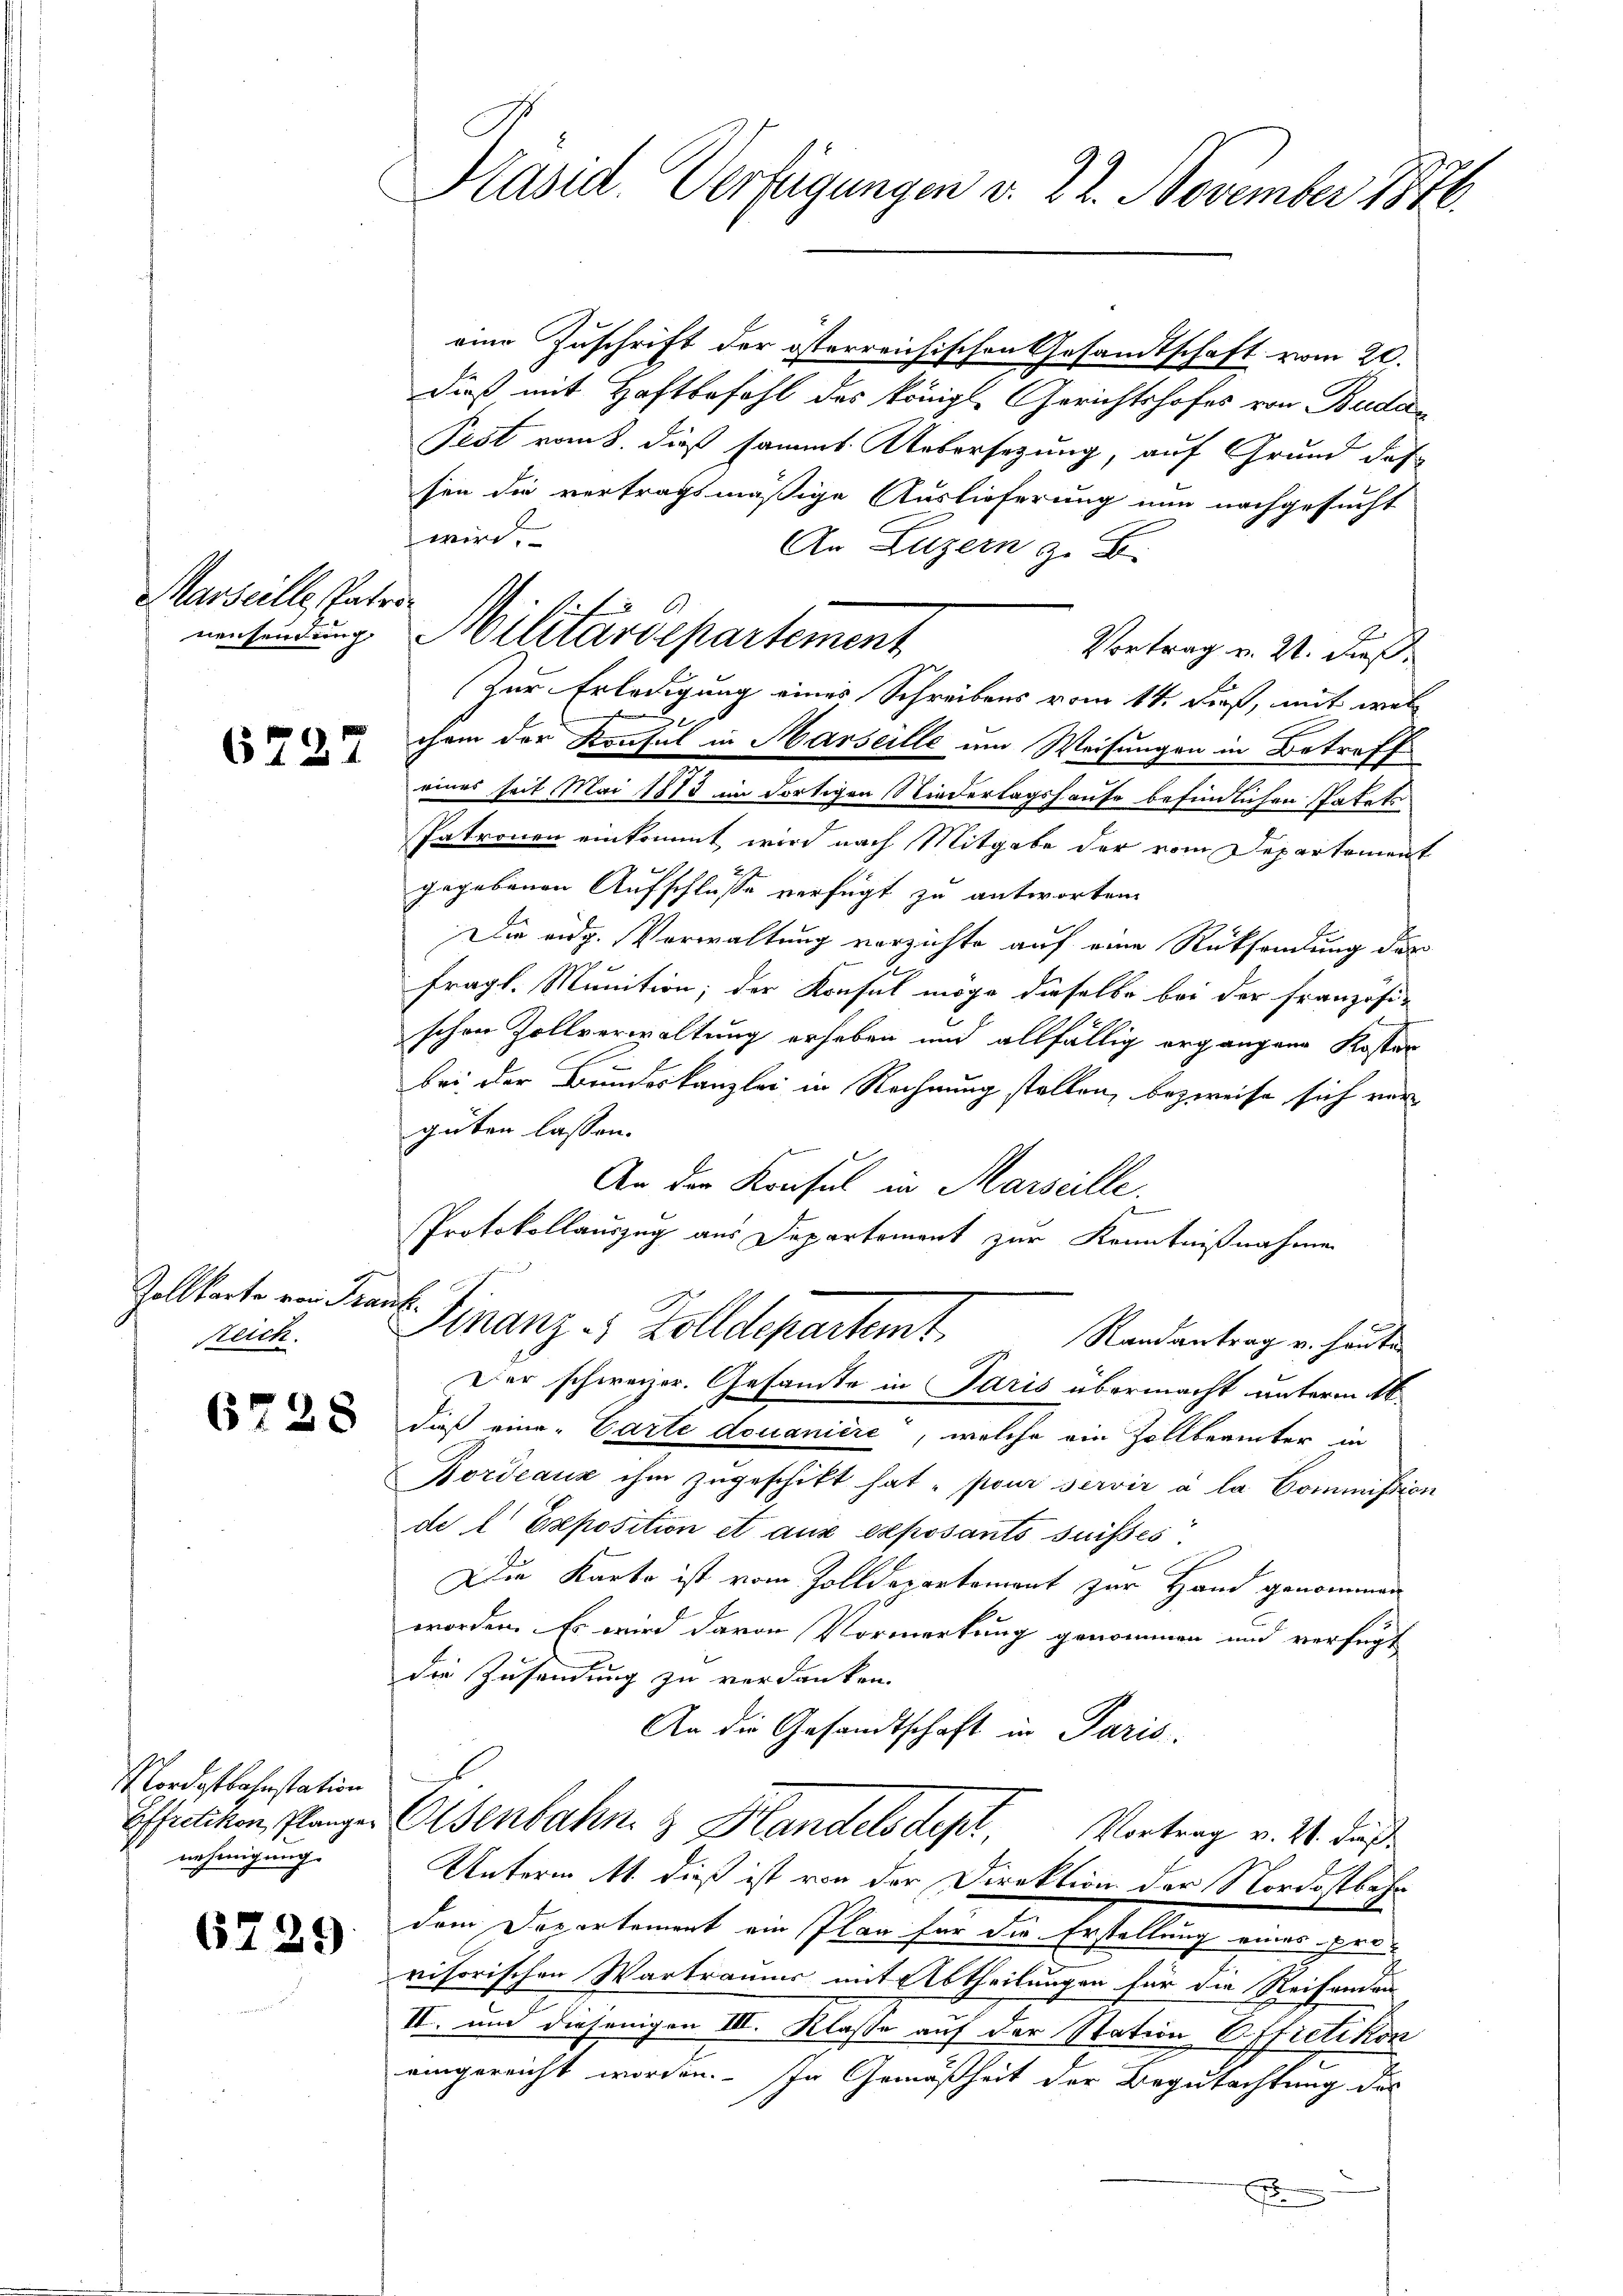
Marseille Patronensendung

6727

Zollkarte von Fran
Reich.

6228

Nordostbahnstation
Effretikon, Plangen
nehmigung

6729.

Präsid. Verfügungen v. 22. November 1876.

eine Zuschrift der österreichischen Gesandtschaft vom 20.
dieß mit Haftbefohl des königl. Gerichtshofes von Buda¬
Pest vom 8. dieß sammt. Uebersezung, auf Grund das
sen die vertragsmäßige Auslieferung nun nachgesucht
wird.
An Luzern z. B.
Militärdepartement
Vortrag v. 21. dieß
Zur Erledigung eines Schreibens vom 14. dieß, mit wel
chem der Konsul in Marseille um Weisungen in Betreff
eines seit Mai 1883 im dortigen Niederlagshause befindlichen Statuts
Patronen einkommt wird nach Mitgabe der vom Departement
gegebenen Aufschlüsse verfügt zu antworten.
Die eidg. Verwaltung verzichte auf eine Rücksendung des
fragl. Munition; der Konsul möge dieselbe bei der französischon Zollverwaltung erheben und allfällig ergangene Koster
bei der Bundeskanzlei in Rechnung stellen, bezweife sich ver
guten lassen.
An der Konsul in Marseille.
Protokollauszug aus Departement zur Kenntnißnahme
r
Finanz - Zolldepartamt.
Randantrag u. heuten
Der schweizer. Gesandte in Paris übermacht unterm 16.
dieß eine Carte douanière, welche ein Zollberinter in
Bordeaux ihm zugeschikt hat pour servir à la Commißion
de  Exposition et aus exposants suisses
Die Karto ist vom Zolldepartement zur Hand genommen
worden. Es wird davon Vormerkung genommen und verfügt
die Zusendung zu verdanken.
An die Gesandtschaft in Paris.
Eisenbahn & Handelsdept Vortrag v. 26. daß
Unterm 11. dieß ist von der Direktion der Nordostbehr
dem Departement ein Plan für die Erstellung eines provisorischen Wartraums mit Abtheilungen für die Reisenden
II. um diejenigen III. Klasse auf der Station Effretikon
eingereicht worden. In Gemäßheit der Begutachtung des
F